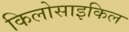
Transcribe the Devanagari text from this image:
किलोसाइकिल